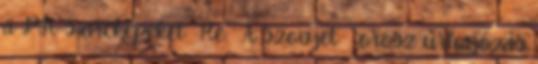
a PH-s arcképeket Re: A szovjet orosz űrhajózás